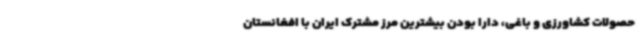
حصولات کشاورزی و باغی، دارا بودن بیشترین مرز مشترک ایران با افغانستان